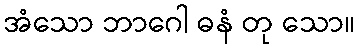
အံသော ဘာဂေါ ဓနံ တု သော။